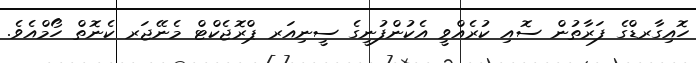
ހޮއިގާރޑްގެ ފަރާތުން ސޮއި ކުރެއްވީ އެކުންފުނީގެ ސީނިއަރ ޕްރޮޖެކްޓް މެނޭޖަރ ކެނޮތް ހޯމްއެވެ.